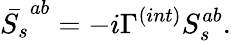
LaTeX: \bar{S_{s}}^{ab}=-i\Gamma^{(int)}S_{s}^{ab}.